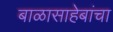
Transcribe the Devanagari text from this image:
बाळासाहेबांचा